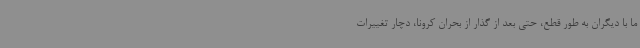
ما با دیگران به طور قطع، حتی بعد از گذار از بحران کرونا، دچار تغییرات